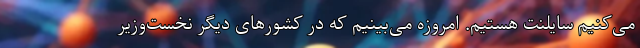
می‌کنیم سایلنت هستیم. امروزه می‌بینیم که در کشورهای دیگر نخست‌وزیر